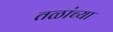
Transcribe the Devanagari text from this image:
तळांच्या